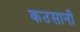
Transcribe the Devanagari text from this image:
कउसानी